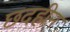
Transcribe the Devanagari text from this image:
छदहीन